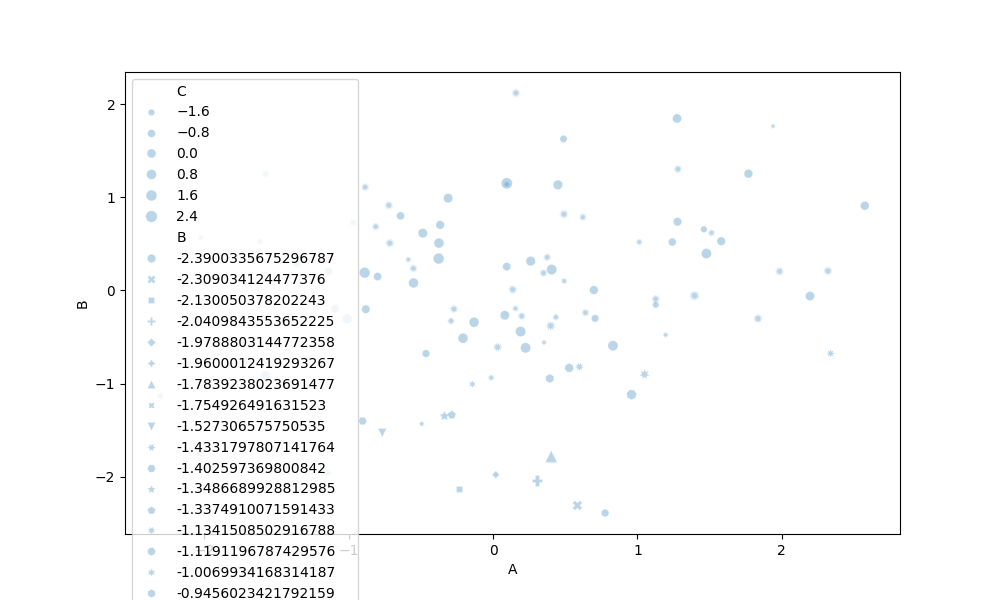
python, seaborn, scatterplot, hue='None', style='B', size='C', palette='deep', alpha=0.3